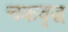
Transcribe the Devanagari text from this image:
चक्रवृद्ध